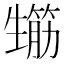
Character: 𤯸